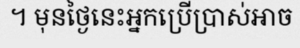
។ មុនថ្ងៃនេះអ្នកប្រើប្រាស់អាច